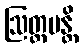
ဩတ္တပန္တိ